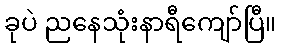
ခုပဲ ညနေသုံးနာရီကျော်ပြီ။